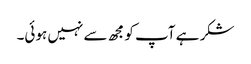
شکر ہے آپ کو مجھ سے نہیں ہوئی۔